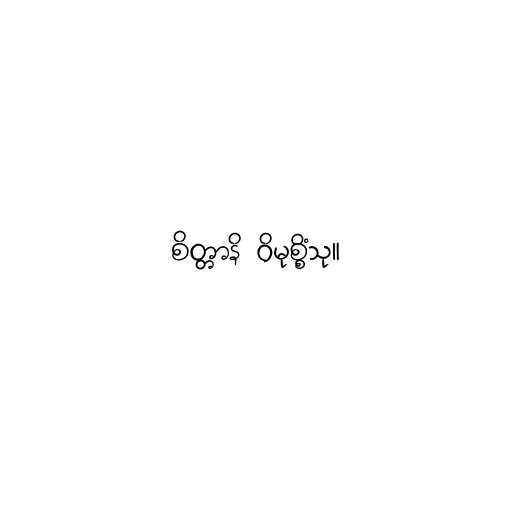
စိတ္တာနိ ဝိမုစ္စိံသု။